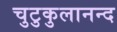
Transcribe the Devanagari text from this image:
चुटुकुलानन्द